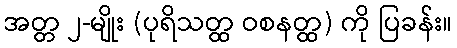
အတ္တ ၂-မျိုး (ပုရိသတ္ထ ဝစနတ္ထ) ကို ပြခန်း။